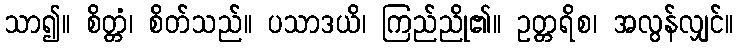
သာ၍။ စိတ္တံ၊ စိတ်သည်။ ပသာဒယိ၊ ကြည်ညို၏။ ဥတ္တရိစ၊ အလွန်လျှင်။